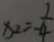
x _ { 2 } = \frac { 1 } { - 4 }